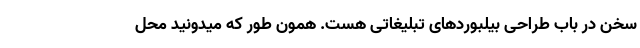
سخن در باب طراحی بیلبوردهای تبلیغاتی هست. همون طور که میدونید محل